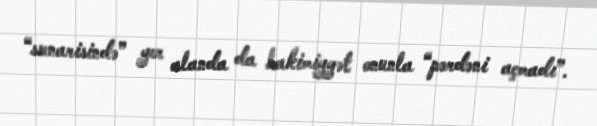
“ssenarisində” yer alanda da hakimiyyət onunla “pərdəni açmadı”.